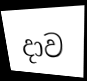
දාව